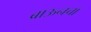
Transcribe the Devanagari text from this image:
ब्राऊनचा